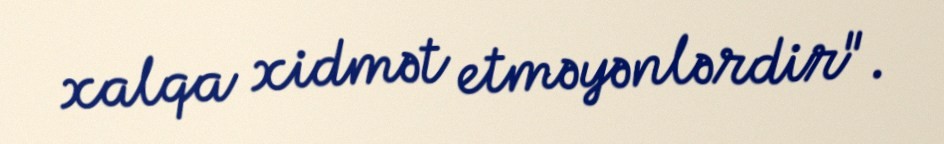
xalqa xidmət etməyənlərdir".